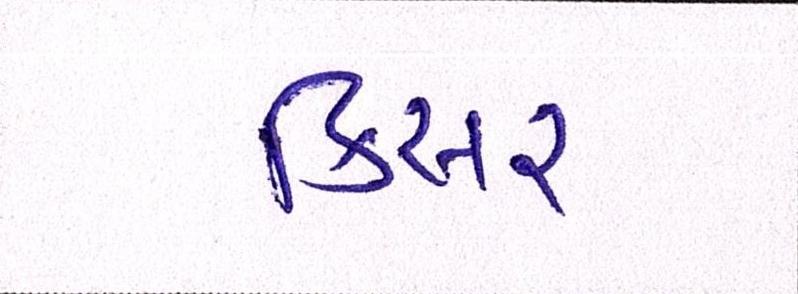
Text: કિસર